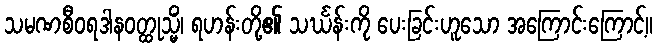
သမဏစီဝရဒါနဝတ္ထုသ္မိံ၊ ရဟန်းတို့၏ သင်္ဃန်းကို ပေးခြင်းဟူသော အကြောင်းကြောင့်။